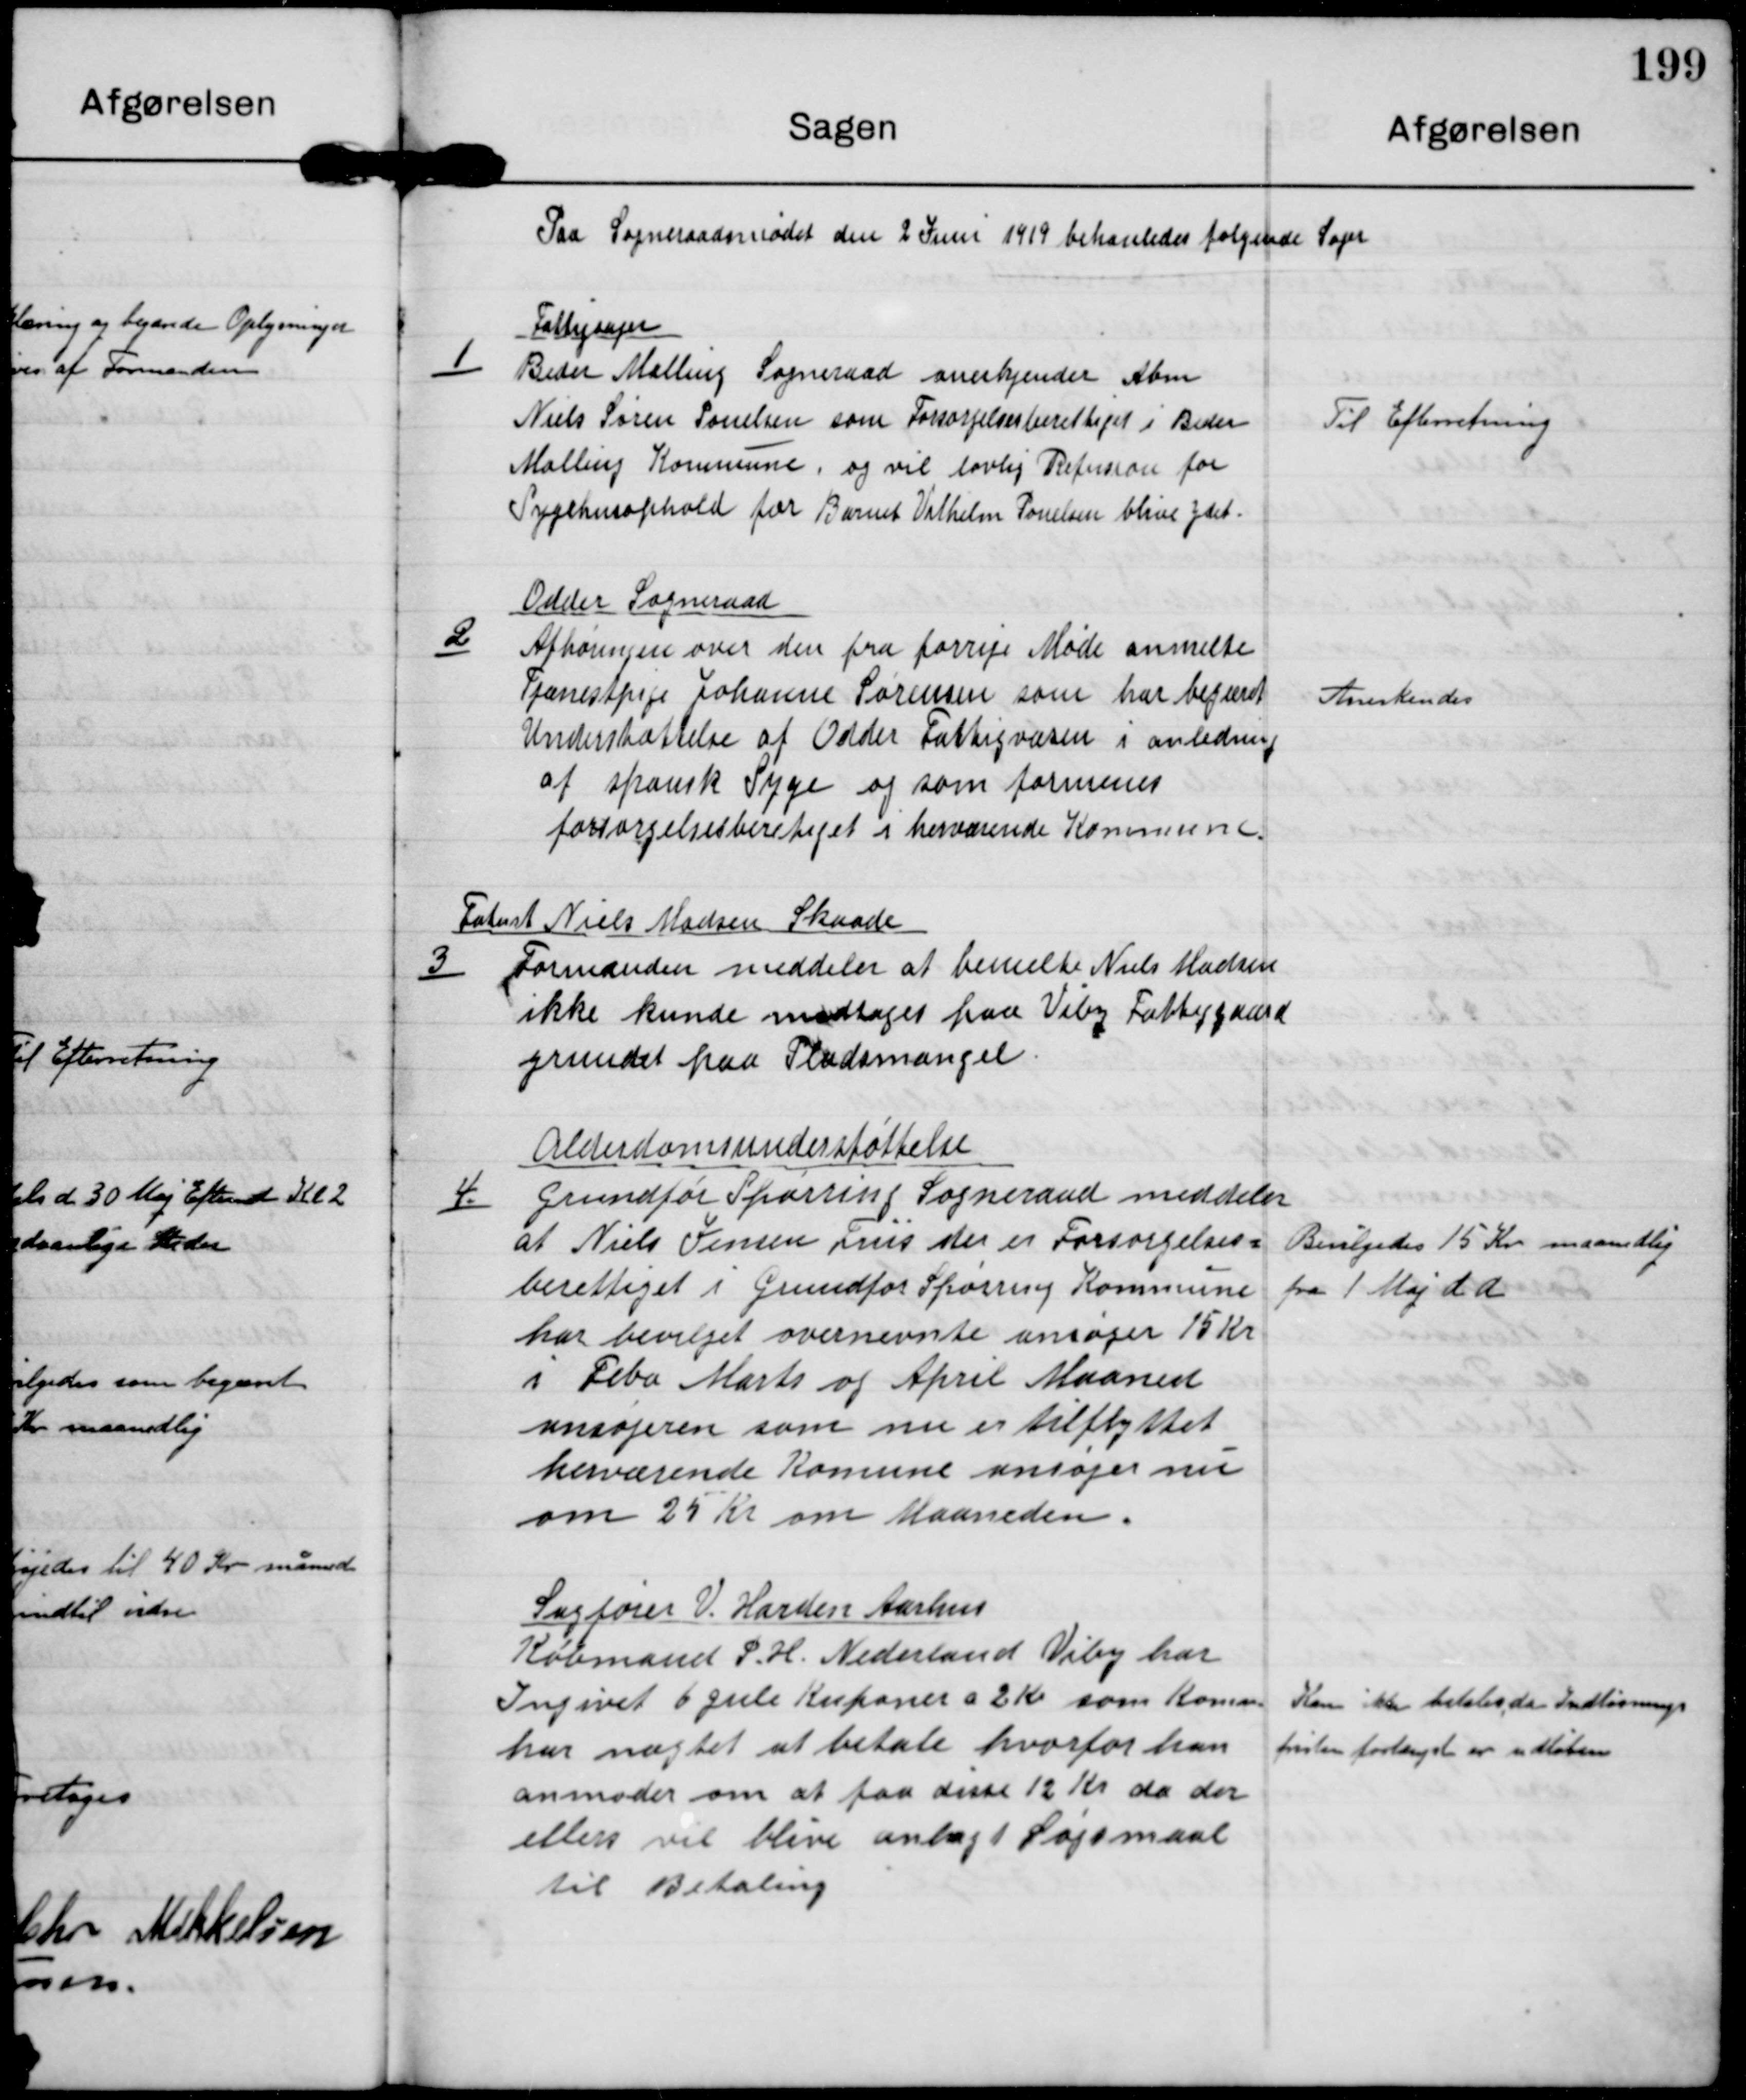
Transskription:
Paa Sogneraadsmødet den 2 Juni 1919 behandledes følgende Sager

1

Fattigsager
Beder Malling Sogneraad anerkjender Abm.
Niels Søren Pouelsen som Forsørgelsesberettiget i Beder
Malling Kommune, og vil lovlig Refusion for
Sygehusophold for Barnet Vilhelm Pouelsen blive ydet.

Til Efterretning

2

Odder Sogneraad
Afhøringen over den fra forrige Møde anmelte
Tjenestpige Johanne Sørensen som har begæret
Understøttelse af Odder Fattigvæsen i anledning
af spansk Syge og som formenes
forsørgelsesberetiget i herværende Kommune.

Anerkendes

3

Falent Niels Madsen Skaade
Formanden meddeler at bemelte Niels Madsen
ikke kunde modtages paa Viby Fattiggaard
grundet paa Pladsmangel

4.

Alderdomsunderstøttelse
Grundfør Spørring Sogneraad meddeler
at Niels Jensen Friis der er Forsørgelses-
berettiget i Grundfør Spørring Kommune
har bevilget overnævnte ansøger 15 Kr
i Febr Marts og April Maaned.
ansøgeren som nu er tilflyttet
herværende Komune ansøger nu
om 25 Kr om Maaneden.

Bevilgedes 15 Kr maanedlig
fra 1 Maj d.a

Sagfører V. Harden Aarhus
Købmand P.H. Nederland Viby har
Ingivet 6 gule Kuponer a 2 Kr som Komm.
har nægtet at betale hvorfor han
anmoder om at faa disse 12 Kr. da der
ellers vil blive anlagt Søgsmaal
til Betaling

Kan ikke betales, da Indløsnings-
fristen forlængst er udløben.